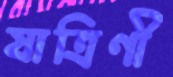
যাত্রিণী